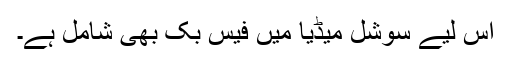
اس لیے سوشل میڈیا میں فیس بک بھی شامل ہے۔